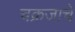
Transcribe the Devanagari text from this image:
चक्रजाचे